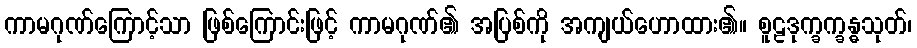
ကာမဂုဏ်ကြောင့်သာ ဖြစ်ကြောင်းဖြင့် ကာမဂုဏ်၏ အပြစ်ကို အကျယ်ဟောထား၏။ စူဠဒုက္ခက္ခန္ဓသုတ်၊